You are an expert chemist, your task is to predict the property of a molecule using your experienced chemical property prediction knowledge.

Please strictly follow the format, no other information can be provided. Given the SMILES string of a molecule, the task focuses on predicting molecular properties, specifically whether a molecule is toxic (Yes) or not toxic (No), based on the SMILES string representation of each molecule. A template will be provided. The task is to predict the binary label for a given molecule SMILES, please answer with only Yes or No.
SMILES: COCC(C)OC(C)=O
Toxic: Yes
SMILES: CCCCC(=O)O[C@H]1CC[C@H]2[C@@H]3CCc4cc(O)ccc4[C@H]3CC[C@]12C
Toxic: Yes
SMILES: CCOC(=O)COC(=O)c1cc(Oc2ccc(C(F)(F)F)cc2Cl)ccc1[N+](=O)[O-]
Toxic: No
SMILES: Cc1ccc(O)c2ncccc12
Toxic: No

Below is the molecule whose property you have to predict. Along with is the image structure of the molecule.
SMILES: CC1=CC(C)C(C=O)CC1
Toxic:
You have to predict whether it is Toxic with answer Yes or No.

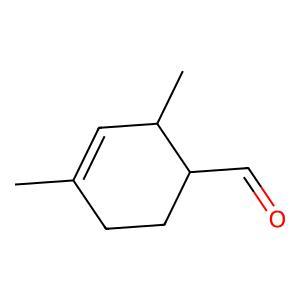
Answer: No